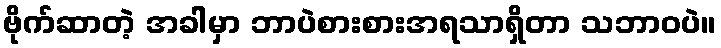
ဗိုက်ဆာတဲ့ အခါမှာ ဘာပဲစားစားအရသာရှိတာ သဘာဝပဲ။